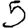
Digit: 5